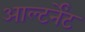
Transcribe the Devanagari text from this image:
आल्टर्नेंट